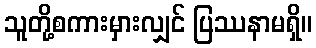
သူတို့စကားမှားလျှင် ပြဿနာမရှိ။